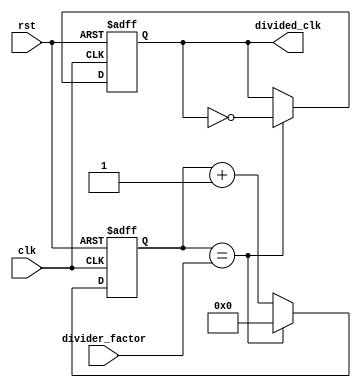
module clock_divider (
    input wire clk,
    input wire rst,
    input wire [3:0] divider_factor,
    output reg divided_clk
);

reg [3:0] counter;

always @(posedge clk or posedge rst) begin
    if (rst) begin
        counter <= 4'b0000;
        divided_clk <= 1'b0;
    end else begin
        if (counter == divider_factor) begin
            counter <= 4'b0000;
            divided_clk <= ~divided_clk;
        end else begin
            counter <= counter + 1;
        end
    end
end

endmodule